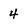
Character: 4